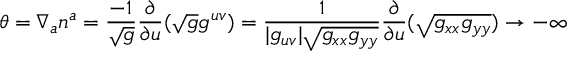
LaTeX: \theta = \nabla _ { a } n ^ { a } = { \frac { - 1 } { \sqrt { g } } } { \frac { \partial } { \partial u } } { ( \sqrt { g } g ^ { u v } ) } = { \frac { 1 } { | g _ { u v } | \sqrt { g _ { x x } g _ { y y } } } } { \frac { \partial } { \partial u } } { ( \sqrt { g _ { x x } g _ { y y } } ) } \to - \infty